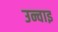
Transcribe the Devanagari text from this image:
उन्चाइ